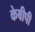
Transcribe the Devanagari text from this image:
केबीपी